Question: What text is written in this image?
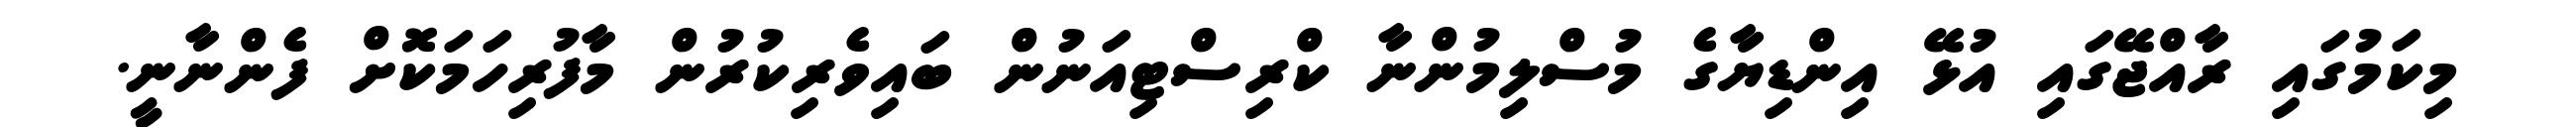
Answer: މިކަމުގައި ރާއްޖޭގައި އުޅޭ އިންޑިޔާގެ މުސްލިމުންނާ ކްރިސްޓިއަނުން ބައިވެރިކުރުން މާފުރިހަމަކޮށް ފެންނާނީ.